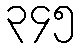
၃၄၅